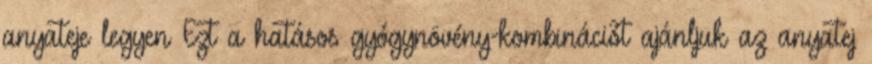
anyateje legyen Ezt a hatásos gyógynövény-kombinációt ajánljuk az anyatej